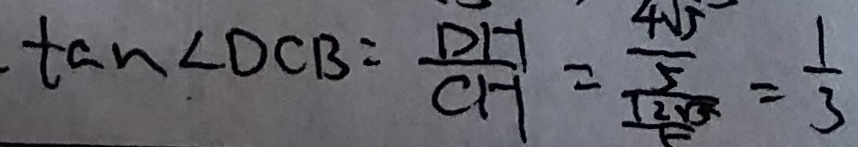
\tan \angle D C B = \frac { D H } { C H } = \frac { \frac { 4 \sqrt { 5 } } { 5 } } { \frac { 1 2 \sqrt { 5 } } { 5 } } = \frac { 1 } { 3 }